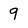
Character: 9